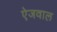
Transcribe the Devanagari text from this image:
ऐजवाल